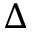
\Delta